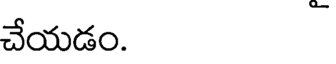
చేయడం.